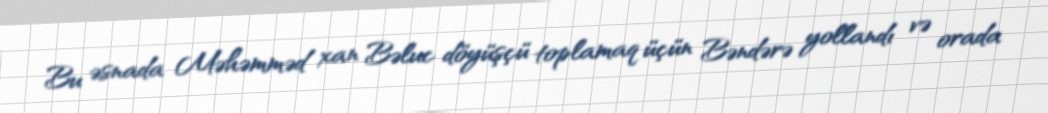
Bu əsnada Məhəmməd xan Bəluc döyüşçü toplamaq üçün Bəndərə yollandı və orada